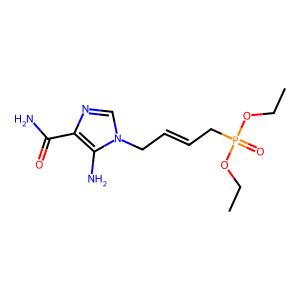
SMILES: CCOP(=O)(CC=CCn1cnc(C(N)=O)c1N)OCC
Inhibits HIV replication: No